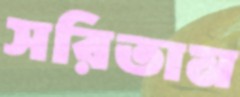
সরিতাম